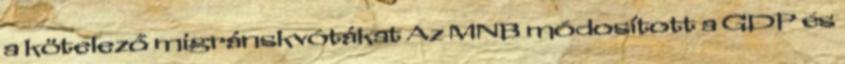
a kötelező migránskvótákat Az MNB módosított a GDP és